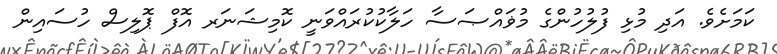
ކަމަށެވެ. އަދި މުޅި ފުލުހުންގެ މުޥައްޞަސާ ހަލާކުކުރައްވަނީ ކޮމިޝަނަރ އޮފް ޕޮލިސް ހުސައިން